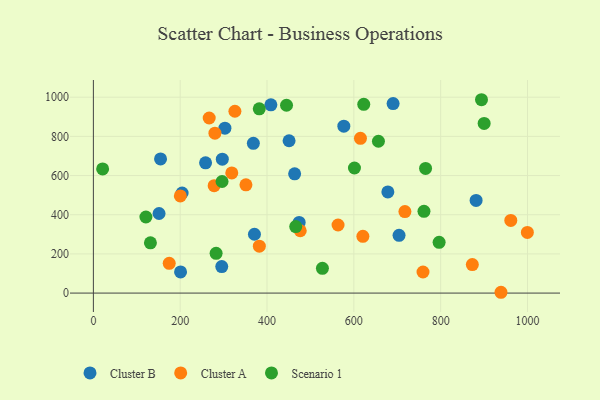
{"axis": {"x": "Study Hours", "y": "Yield"}, "legend": ["Cluster A", "Cluster B", "Scenario 1"], "data": [{"x": "368.5", "y": 764.3, "type": "Cluster B"}, {"x": "881.6", "y": 472.9, "type": "Cluster B"}, {"x": "204.4", "y": 510.8, "type": "Cluster B"}, {"x": "408.9", "y": 960.9, "type": "Cluster B"}, {"x": "200.8", "y": 108.0, "type": "Cluster B"}, {"x": "297.0", "y": 683.8, "type": "Cluster B"}, {"x": "678.3", "y": 516.6, "type": "Cluster B"}, {"x": "704.1", "y": 294.6, "type": "Cluster B"}, {"x": "295.7", "y": 135.4, "type": "Cluster B"}, {"x": "154.7", "y": 685.1, "type": "Cluster B"}, {"x": "258.4", "y": 665.1, "type": "Cluster B"}, {"x": "303.0", "y": 841.9, "type": "Cluster B"}, {"x": "576.9", "y": 851.9, "type": "Cluster B"}, {"x": "371.0", "y": 300.2, "type": "Cluster B"}, {"x": "450.8", "y": 777.6, "type": "Cluster B"}, {"x": "463.6", "y": 608.6, "type": "Cluster B"}, {"x": "474.0", "y": 360.7, "type": "Cluster B"}, {"x": "151.3", "y": 406.2, "type": "Cluster B"}, {"x": "690.4", "y": 967.6, "type": "Cluster B"}, {"x": "717.6", "y": 416.3, "type": "Cluster A"}, {"x": "318.8", "y": 613.4, "type": "Cluster A"}, {"x": "759.3", "y": 107.6, "type": "Cluster A"}, {"x": "280.0", "y": 816.2, "type": "Cluster A"}, {"x": "382.3", "y": 239.5, "type": "Cluster A"}, {"x": "938.9", "y": 4.1, "type": "Cluster A"}, {"x": "620.8", "y": 289.8, "type": "Cluster A"}, {"x": "563.6", "y": 347.5, "type": "Cluster A"}, {"x": "200.3", "y": 496.2, "type": "Cluster A"}, {"x": "872.9", "y": 145.4, "type": "Cluster A"}, {"x": "266.8", "y": 893.9, "type": "Cluster A"}, {"x": "351.4", "y": 552.4, "type": "Cluster A"}, {"x": "326.0", "y": 928.3, "type": "Cluster A"}, {"x": "999.7", "y": 309.5, "type": "Cluster A"}, {"x": "476.5", "y": 318.1, "type": "Cluster A"}, {"x": "278.2", "y": 548.2, "type": "Cluster A"}, {"x": "615.2", "y": 790.1, "type": "Cluster A"}, {"x": "174.7", "y": 151.8, "type": "Cluster A"}, {"x": "961.5", "y": 370.8, "type": "Cluster A"}, {"x": "796.4", "y": 259.0, "type": "Scenario 1"}, {"x": "900.1", "y": 865.9, "type": "Scenario 1"}, {"x": "601.4", "y": 638.5, "type": "Scenario 1"}, {"x": "444.9", "y": 958.8, "type": "Scenario 1"}, {"x": "765.2", "y": 636.5, "type": "Scenario 1"}, {"x": "761.5", "y": 417.5, "type": "Scenario 1"}, {"x": "21.3", "y": 633.7, "type": "Scenario 1"}, {"x": "282.7", "y": 202.8, "type": "Scenario 1"}, {"x": "894.0", "y": 987.1, "type": "Scenario 1"}, {"x": "382.1", "y": 940.8, "type": "Scenario 1"}, {"x": "466.1", "y": 339.4, "type": "Scenario 1"}, {"x": "527.6", "y": 126.3, "type": "Scenario 1"}, {"x": "622.8", "y": 963.5, "type": "Scenario 1"}, {"x": "121.0", "y": 388.3, "type": "Scenario 1"}, {"x": "656.6", "y": 775.1, "type": "Scenario 1"}, {"x": "296.4", "y": 569.7, "type": "Scenario 1"}, {"x": "131.4", "y": 256.3, "type": "Scenario 1"}]}